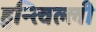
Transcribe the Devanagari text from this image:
हुन्त्विल्ली